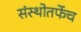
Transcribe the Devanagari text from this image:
संस्थोतर्फेच